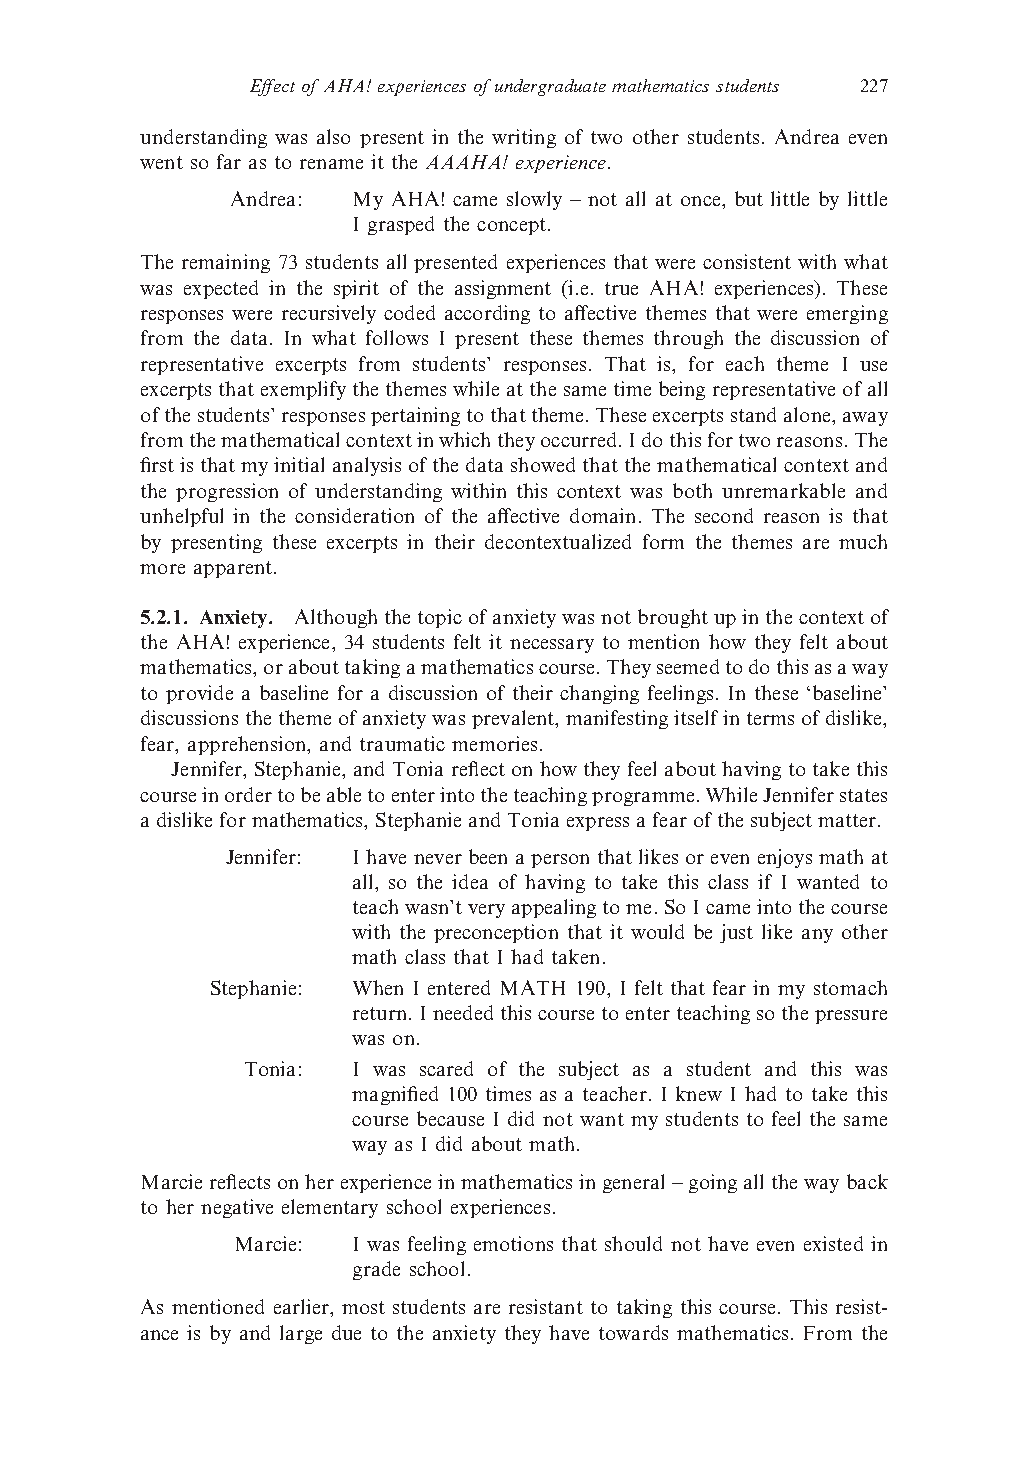
Effectof AHA! experiences ofundergraduatemathematics students 227
 understanding was also present in the writing of two other students. Andrea even
 went so far as to rename it the AAAHA! experience.
 Andrea: My AHA! came slowly – not all at once, but little by little
 I grasped the concept.
 The remaining 73 students all presented experiences that were consistent with what
 was expected in the spirit of the assignment (i.e. true AHA! experiences). These
 responses were recursively coded according to affective themes that were emerging
 from the data. In what follows I present these themes through the discussion of
 representative excerpts from students’ responses. That is, for each theme I use
 excerptsthatexemplifythethemeswhileatthesametimebeingrepresentativeofall
 ofthestudents’responsespertainingtothattheme.Theseexcerptsstandalone,away
 fromthemathematicalcontextinwhichtheyoccurred.Idothisfortworeasons.The
 firstisthatmyinitialanalysisofthedatashowedthatthemathematicalcontextand
 the progression of understanding within this context was both unremarkable and
 unhelpful in the consideration of the affective domain. The second reason is that
 by presenting these excerpts in their decontextualized form the themes are much
 more apparent.
 5.2.1. Anxiety. Althoughthetopicofanxietywasnotbroughtupinthecontextof
 the AHA! experience, 34 students felt it necessary to mention how they felt about
 mathematics,orabouttakingamathematicscourse.Theyseemedtodothisasaway
 to provide a baseline for a discussion of their changing feelings. In these ‘baseline’
 discussionsthethemeofanxietywasprevalent,manifestingitselfintermsofdislike,
 fear, apprehension, and traumatic memories.
 Jennifer,Stephanie,andToniareflectonhowtheyfeelabouthavingtotakethis
 courseinordertobeabletoenterintotheteachingprogramme.WhileJenniferstates
 adislikeformathematics,StephanieandToniaexpressafearofthesubjectmatter.
 Jennifer: Ihaveneverbeenapersonthatlikesorevenenjoysmathat
 all, so the idea of having to take this class if I wanted to
 teachwasn’tveryappealingtome.SoIcameintothecourse
 with the preconception that it would be just like any other
 math class that I had taken.
 Stephanie: When I entered MATH 190, I felt that fear in my stomach
 return.Ineededthiscoursetoenterteachingsothepressure
 was on.
 Tonia: I was scared of the subject as a student and this was
 magnified 100 times as a teacher. I knew I had to take this
 course because I did not want my students to feel the same
 way as I did about math.
 Marciereflectsonherexperienceinmathematicsingeneral–goingallthewayback
 to her negative elementary school experiences.
 Marcie: I was feeling emotions that should not have even existed in
 grade school.
 As mentioned earlier, most students are resistant to taking this course. This resist-
 ance is by and large due to the anxiety they have towards mathematics. From the